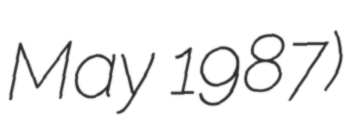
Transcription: May 1987)